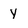
Character: y